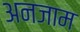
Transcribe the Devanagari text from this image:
अनजाम